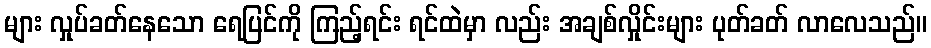
များ လှုပ်ခတ်နေသော ရေပြင်ကို ကြည့်ရင်း ရင်ထဲမှာ လည်း အချစ်လှိုင်းများ ပုတ်ခတ် လာလေသည်။